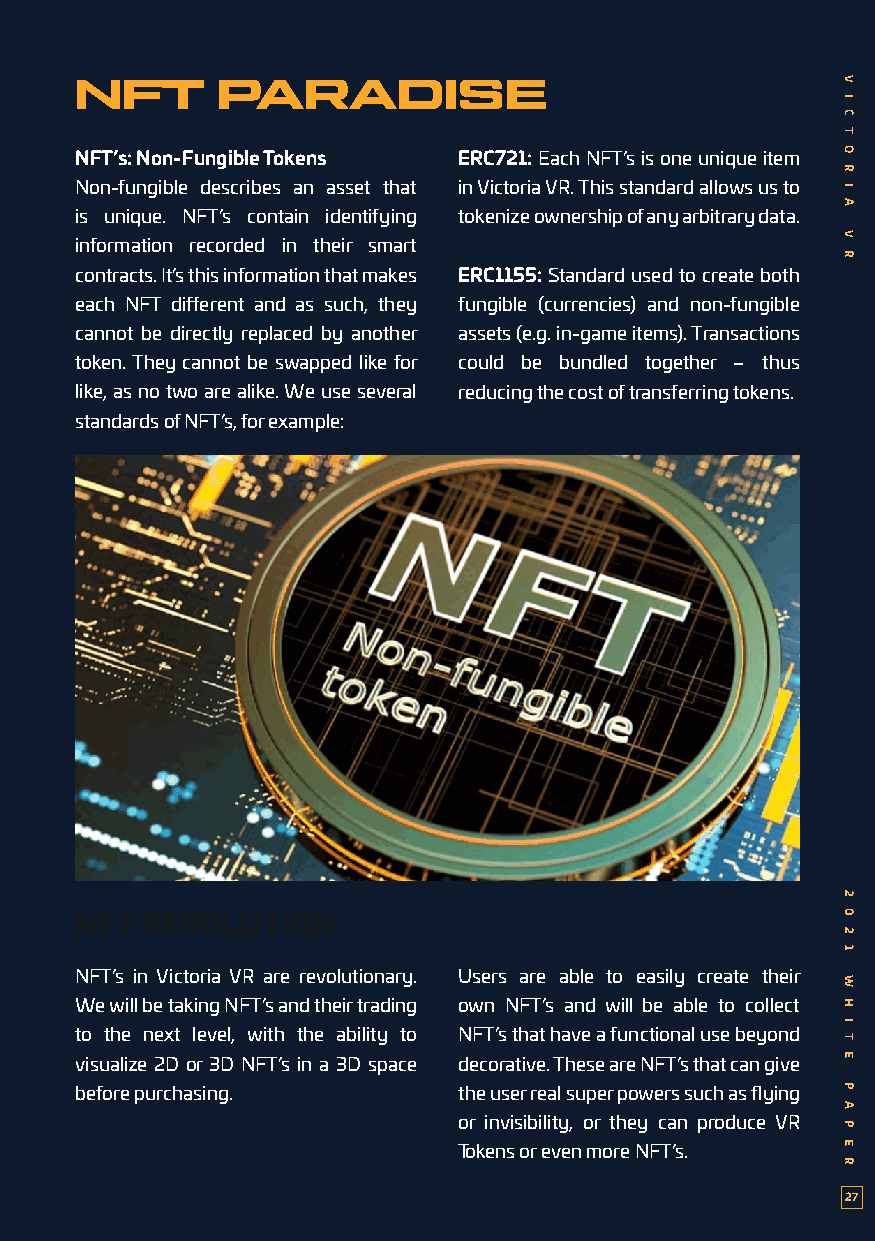
NFT      PARADISE
 NFT’s: Non-Fungible Tokens ERC721: Each NFT’s is one unique item
 Non-fungible describes an asset that in Victoria VR. This standard allows us to
 is unique. NFT’s contain identifying tokenize ownership of any arbitrary data.
 information recorded in their smart
 contracts. It’s this information that makes ERC1155: Standard used to create both
 each NFT different and as such, they fungible (currencies) and non-fungible
 cannot be directly replaced by another assets (e.g. in-game items). Transactions
 token. They cannot be swapped like for could be bundled together – thus
 like, as no two are alike. We use several reducing the cost of transferring tokens.
 standards of NFT’s, for example:
 NFT REVOLUTION
 NFT’s in Victoria VR are revolutionary. Users are able to easily create their
 We will be taking NFT’s and their trading own NFT’s and will be able to collect
 to the next level, with the ability to NFT’s that have a functional use beyond
 visualize 2D or 3D NFT’s in a 3D space decorative. These are NFT’s that can give
 before purchasing.       the user real super powers such as flying
 or invisibility, or they can produce VR
 Tokens or even more NFT’s.
 27
 V
 I
 C
 T
 O
 R
 I
 A
 V
 R
 2
 0
 2
 1
 W
 H
 I
 T
 E
 P
 A
 P
 E
 R